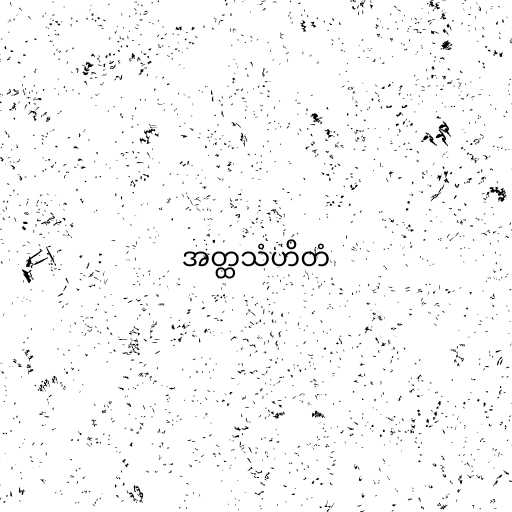
အတ္ထသံဟိတံ